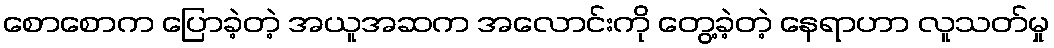
စောစောက ပြောခဲ့တဲ့ အယူအဆက အလောင်းကို တွေ့ခဲ့တဲ့ နေရာဟာ လူသတ်မှု